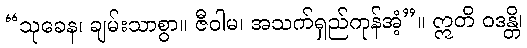
“သုခေန၊ ချမ်းသာစွာ။ ဇီဝါမ၊ အသက်ရှည်ကုန်အံ့”။ ဣတိ ဝဒန္တိ၊